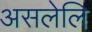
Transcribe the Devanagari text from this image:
असलेलि